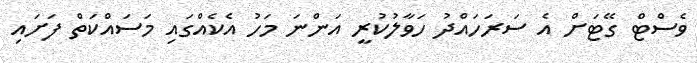
ވެސްޓް ގޭޓަށް އެ ސަރަހައްދު ހަވާލުކުރީ އަންނަ މަހު އެކެއްގައި މަސައްކަތް ފަށައި